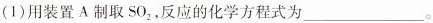
1)用装置A制取S0_{2 }，反应的化学方程式为___。